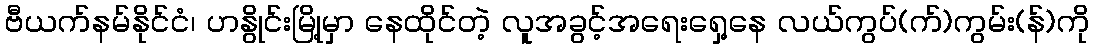
ဗီယက်နမ်နိုင်ငံ၊ ဟနွိုင်းမြို့မှာ နေထိုင်တဲ့ လူအခွင့်အရေးရှေ့နေ လယ်ကွပ်(က်)ကွမ်း(န်)ကို